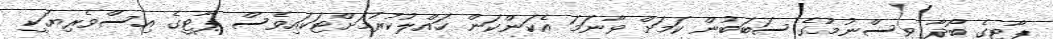
ޕާޓީގެ ބޯދާ ވިސްނުމުގެ ސަބަބުން ކަމަށް ވާނަމަ އެކަންކަން ހައްލުކުރުމަށްޓަކައިވެސް ޕާޓީގެ އިސްވެރިޔަކީ